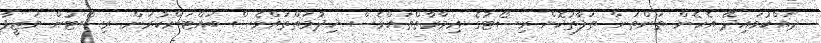
ދައްކުވައިދޭ އެހެން ތަންތަނާ ތަފާތުކޮށް ރިސޯޓުގެ ޢިމާރާތްތައްވެސް ޚިދުމަތްތައްވެސް ބައްޓަންކުރަން. ރިސޯޓުން ވަޒީފާ